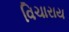
વિચારાય